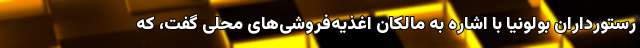
رستورداران بولونیا با اشاره به مالکان اغذیه‌فروشی‌های محلی گفت، که